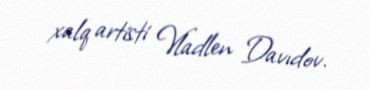
xalq artisti Vladlen Davıdov.